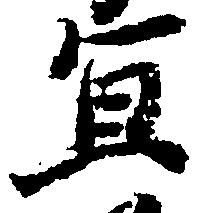
宜